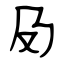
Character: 夃